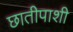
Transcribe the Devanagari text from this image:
छातीपाशी